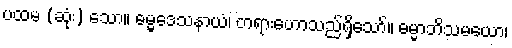
ပထမ (ဆုံး) သော။ ဓမ္မဒေသနာယံ၊ တရားဟောသည်ရှိသော်။ ဓမ္မာဘိသမယော၊